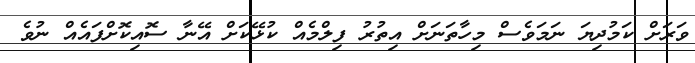
ވަރަށް ކަމުދިޔަ ނަމަވެސް މިހާތަނަށް އިތުރު ފިލްމެއް ކުޅޭކަށް އޭނާ ސޮއިކޮށްފައެއް ނުވެ